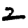
Digit: 2